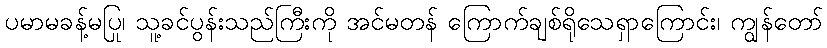
ပမာမခန့်မပြု၊ သူ့ခင်ပွန်းသည်ကြီးကို အင်မတန် ကြောက်ချစ်ရိုသေရှာကြောင်း၊ ကျွန်တော်